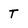
Character: T